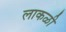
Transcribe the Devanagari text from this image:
लाकळी